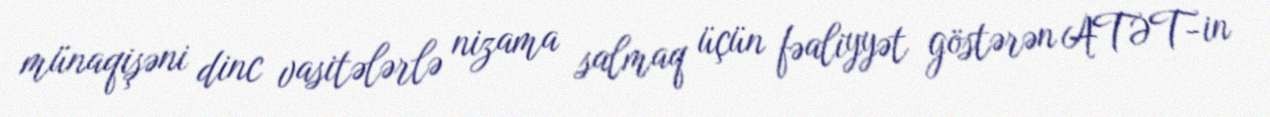
münaqişəni dinc vasitələrlə nizama salmaq üçün fəaliyyət göstərən ATƏT-in